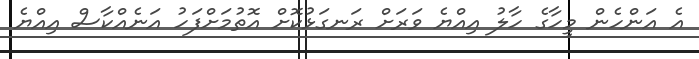
އެ އަންހެން މީހާގެ ހާލު އިއްޔެ ވަރަށް ރަނގަޅުކޮށް އޮތުމަށްފަހު އަނެއްކާސް އިއްޔެ